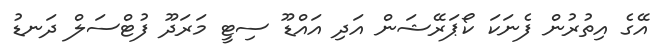
އޭގެ އިތުރުން ފެނަކަ ކޯޕަރޭޝަން އަދި އައްޑޫ ސިޓީ މަރަދޫ ފުޓްސަލް ދަނޑު